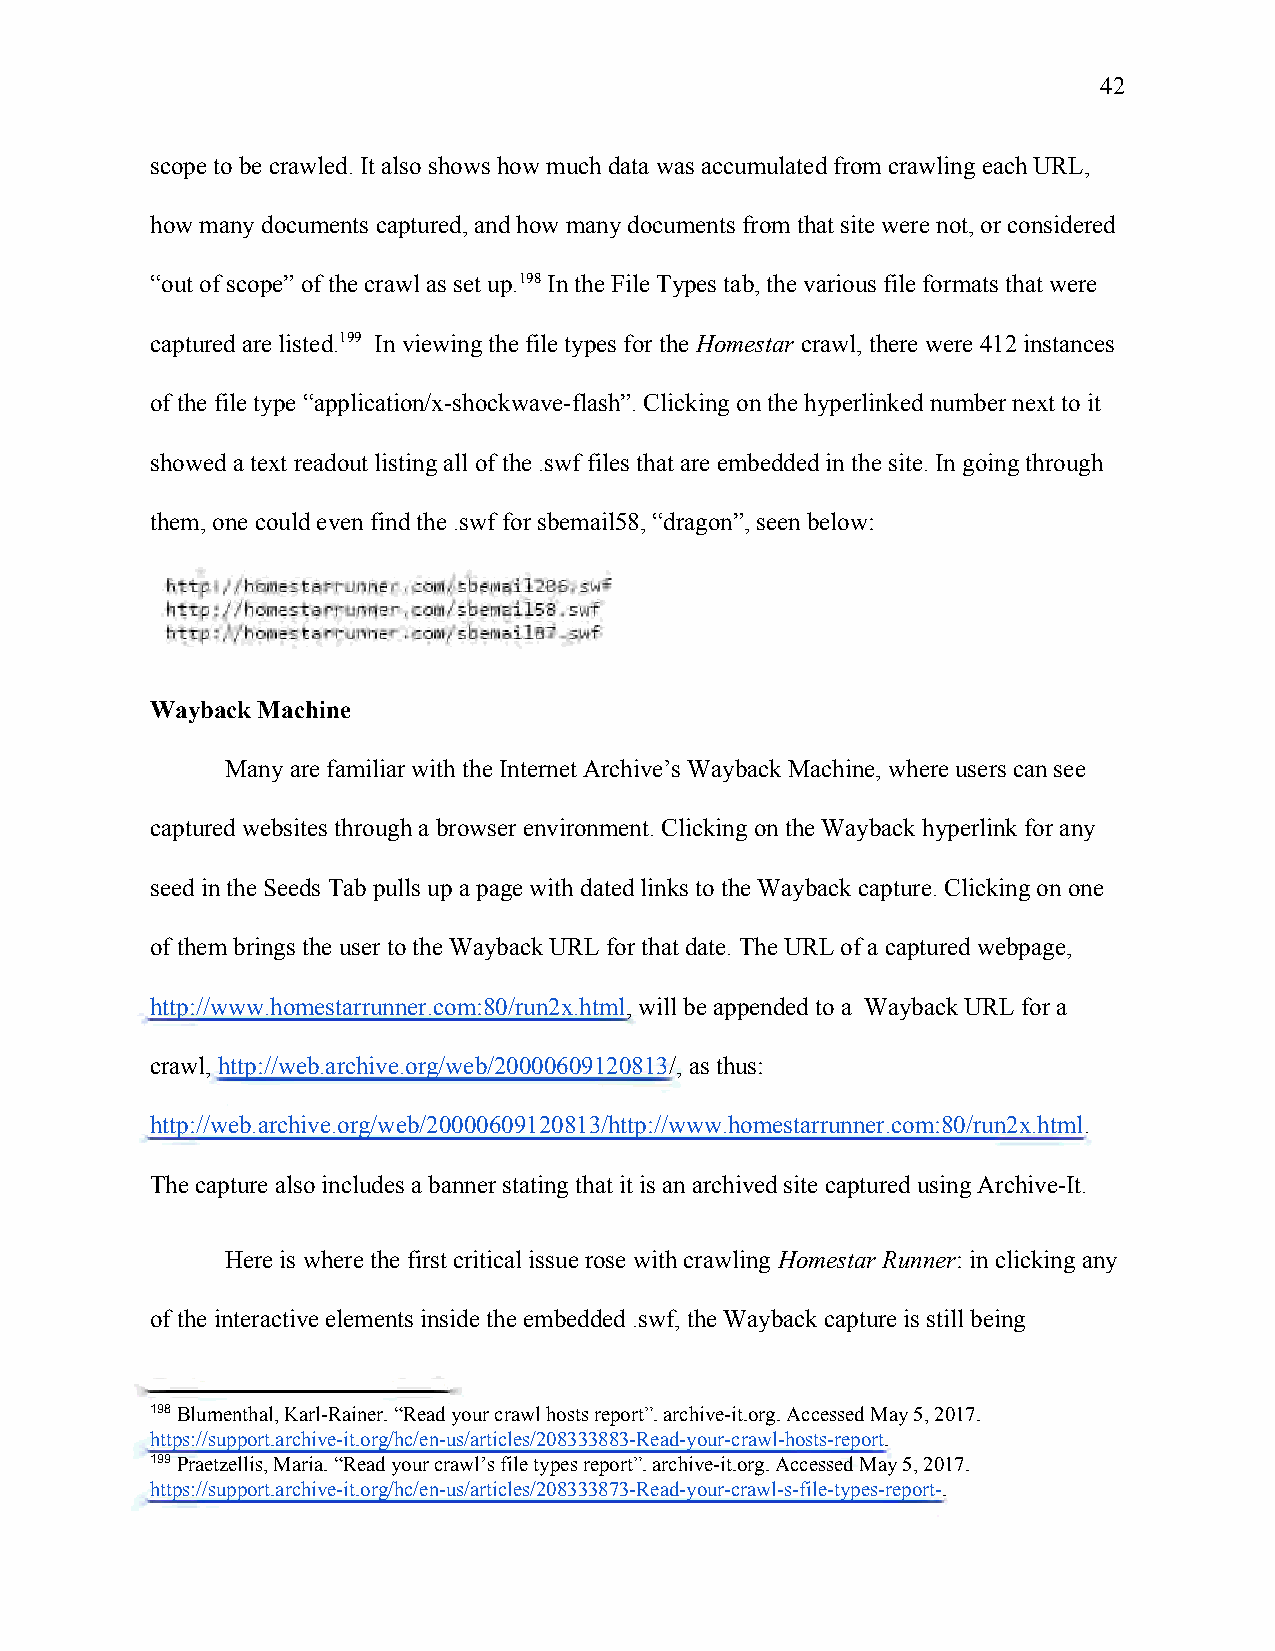
42
 scope to be crawled. It also shows how much data was accumulated from crawling each URL,
 how many documents captured, and how many documents from that site were not, or considered
 “out of scope” of the crawl as set up.198 In the File Types tab, the various file formats that were
 captured are listed.199 In viewing the file types for the Homestar crawl, there were 412 instances
 ​      ​
 of the file type “application/x-shockwave-flash”. Clicking on the hyperlinked number next to it
 showed a text readout listing all of the .swf files that are embedded in the site. In going through
 them, one could even find the .swf for sbemail58, “dragon”, seen below:
 fi  i I, G1ll11E._ tei llfter, -o, ~be11'1.;ur e,5 -w-
 h   I I ho mcsta fH1 <! , 01 /;;be .r.il58 , swf
 h          r-t.mnEr 'COIU,f sl,~miiiiila~ .:.'lllf
 Wayback Machine
 Many are familiar with the Internet Archive’s Wayback Machine, where users can see
 captured websites through a browser environment. Clicking on the Wayback hyperlink for any
 seed in the Seeds Tab pulls up a page with dated links to the Wayback capture. Clicking on one
 of them brings the user to the Wayback URL for that date. The URL of a captured webpage,
 http://www.homestarrunner.com:80/run2x.html, will be appended to a Wayback URL for a
 ​​​
 crawl, http://web.archive.org/web/20000609120813/, as thus:
 ​                             ​
 http://web.archive.org/web/20000609120813/http://www.homestarrunner.com:80/run2x.html.
 ​
 The capture also includes a banner stating that it is an archived site captured using Archive-It.
 Here is where the first critical issue rose with crawling Homestar Runner: in clicking any
 ​           ​
 of the interactive elements inside the embedded .swf, the Wayback capture is still being
 198 Blumenthal, Karl-Rainer. “Read your crawl hosts report”. archive-it.org. Accessed May 5, 2017.
 ​
 https://support.archive-it.org/hc/en-us/articles/208333883-Read-your-crawl-hosts-report.
 ​
 199 Praetzellis, Maria. “Read your crawl’s file types report”. archive-it.org. Accessed May 5, 2017.
 ​
 https://support.archive-it.org/hc/en-us/articles/208333873-Read-your-crawl-s-file-types-report-.
 ​